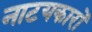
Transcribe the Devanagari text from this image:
नाटयकारों